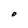
Character: O